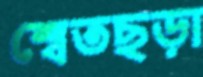
শ্বেতছড়া